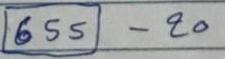
(655) - 20